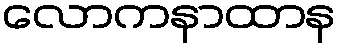
လောကနာထာန